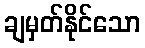
ချမှတ်နိုင်သော